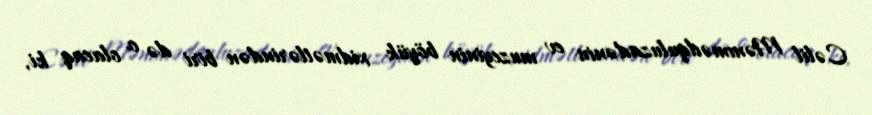
Cəlil Məmmədquluzadənin ev muzeyinin böyük xidmətlərindən biri də o olacaq ki,